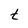
Character: t